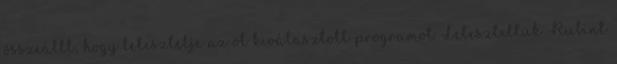
összeállt, hogy letesztelje az öt kiválasztott programot. Leteszteltük Rubint